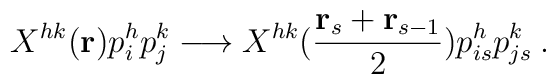
X^{hk}({\bf r}) p_i^h p_j^k \longrightarrow X^{hk}({{\bf r}_s + {\bf r}_{s-1} \over2})          p_{is}^h p_{js}^k  \> .